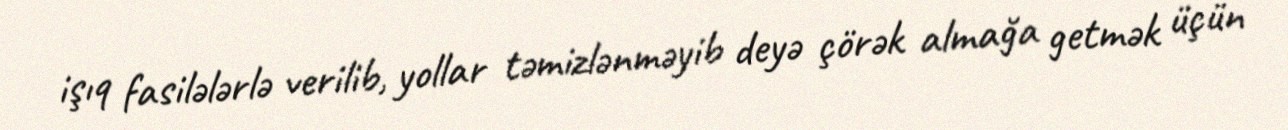
işıq fasilələrlə verilib, yollar təmizlənməyib deyə çörək almağa getmək üçün